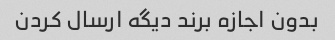
بدون اجازه برند دیگه ارسال کردن